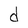
Character: d